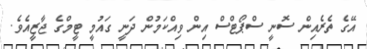
އޭގެ ތެރެއިން ސޮނީ ސްޕޯޓްސް އިން ވިއްކަމުން ދަނީ ގައުމީ ޓީމްގެ ޖާޒީއެވެ.